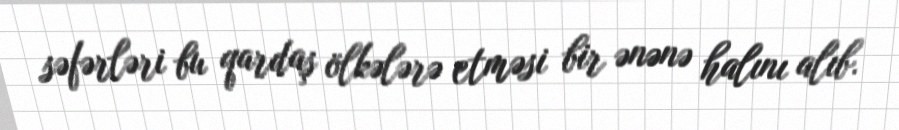
səfərləri bu qardaş ölkələrə etməsi bir ənənə halını alıb.